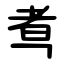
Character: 䎞